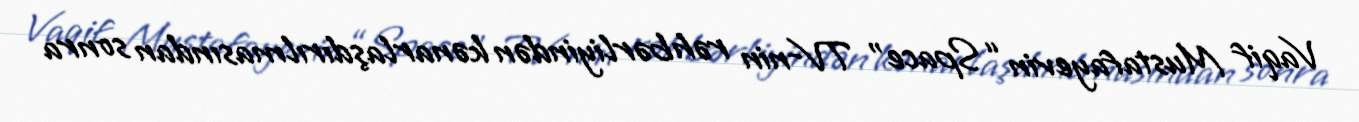
Vaqif Mustafayevin “Space” TV-nin rəhbərliyindən kənarlaşdırılmasından sonra